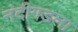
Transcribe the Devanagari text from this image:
नंदीगडला